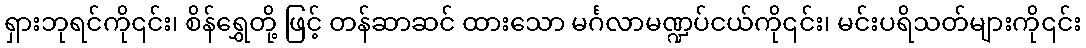
ရှားဘုရင်ကို၎င်း၊ စိန်ရွှေတို့ ဖြင့် တန်ဆာဆင် ထားသော မင်္ဂလာမဏ္ဍပ်ငယ်ကို၎င်း၊ မင်းပရိသတ်များကို၎င်း